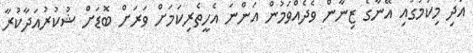
އަދި މިކަމުގައި އޭނާގެ ޒިނާން ވެދެއްވަމުން އަންނަ އެހީތެރިކަމަށް ވަރަށް ބޮޑަށް ޝުކުރުއަދާކުރާ